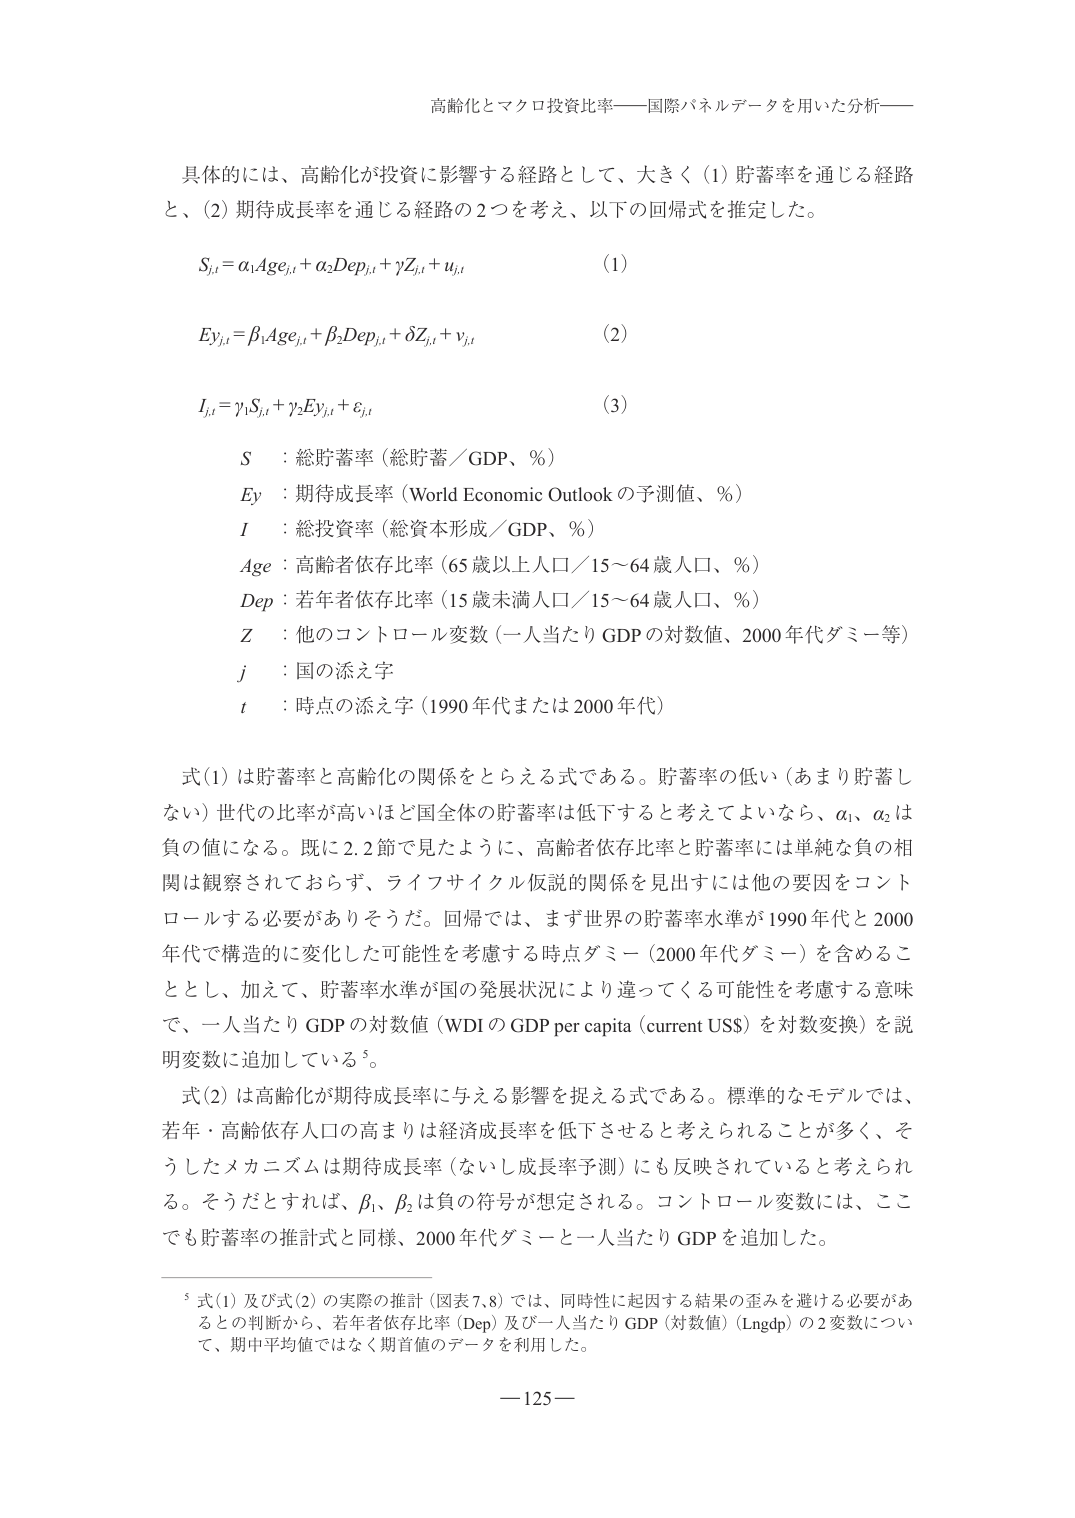
高齢化とマクロ投資比率——国際パネルデータを用いた分析——

具体的には、高齢化が投資に影響する経路として、大きく（1）貯蓄率を通じる経路と、（2）期待成長率を通じる経路の2つを考え、以下の回帰式を推定した。

S_{j,t} = α₁Age_{j,t} + α₂Dep_{j,t} + γZ_{j,t} + u_{j,t}　　(1)

Ey_{j,t} = β₁Age_{j,t} + β₂Dep_{j,t} + δZ_{j,t} + v_{j,t}　　(2)

I_{j,t} = γ₁S_{j,t} + γ₂Ey_{j,t} + ε_{j,t}　　(3)

S　：総貯蓄率（総貯蓄／GDP、％）
Ey　：期待成長率（World Economic Outlook の予測値、％）
I　：総投資率（総資本形成／GDP、％）
Age　：高齢者依存比率（65歳以上人口／15～64歳人口、％）
Dep　：若年者依存比率（15歳未満人口／15～64歳人口、％）
Z　：他のコントロール変数（一人当たりGDPの対数値、2000年代ダミー等）
j　：国の添え字
t　：時点の添え字（1990年代または2000年代）

式(1)は貯蓄率と高齢化の関係をとらえる式である。貯蓄率の低い（あまり貯蓄しない）世代の比率が高いほど国全体の貯蓄率は低下すると考えてよいなら、α₁、α₂は負の値になる。既に2.2節で見たように、高齢者依存比率と貯蓄率には単純な負の相関は観察されておらず、ライフサイクル仮説の関係を見出すには他の要因をコントロールする必要がありそうだ。回帰では、まず世界の貯蓄率水準が1990年代と2000年代で構造的に変化した可能性を考慮する時点ダミー（2000年代ダミー）を含めることとし、加えて、貯蓄率水準が国の発展状況により違ってくる可能性を考慮する意味で、一人当たりGDPの対数値（WDIのGDP per capita（current US$）を対数変換）を説明変数に追加している⁵。

式(2)は高齢化が期待成長率に与える影響を捉える式である。標準的なモデルでは、若年・高齢依存人口の高まりは経済成長率を低下させると考えられることが多く、そうしたメカニズムは期待成長率（ないし成長率予測）にも反映されていると考えられる。そうだとすれば、β₁、β₂は負の符号が想定される。コントロール変数には、ここでも貯蓄率の推計式と同様、2000年代ダミーと一人当たりGDPを追加した。

⁵ 式(1)及び式(2)の実際の推計（図表7,8）では、同時性に起因する結果の歪みを避ける必要があるとの判断から、若年者依存比率（Dep）及び一人当たりGDP（対数値）（Lngdp）の2変数について、期中平均値ではなく期首値のデータを利用した。

—125—